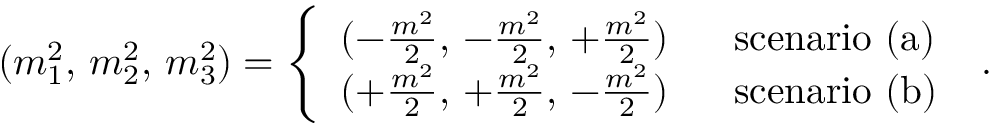
( m _ { 1 } ^ { 2 } , \, m _ { 2 } ^ { 2 } , \, m _ { 3 } ^ { 2 } ) = \left\{ \begin{array} { c l } { { ( - \frac { m ^ { 2 } } { 2 } , \, - \frac { m ^ { 2 } } { 2 } , \, + \frac { m ^ { 2 } } { 2 } ) } } & { { \mathrm { \ \ s c e n a r i o \ ( a ) } } } \\ { { ( + \frac { m ^ { 2 } } { 2 } , \, + \frac { m ^ { 2 } } { 2 } , \, - \frac { m ^ { 2 } } { 2 } ) } } & { { \mathrm { \ \ s c e n a r i o \ ( b ) } } } \end{array} \right. \ .